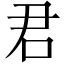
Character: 君